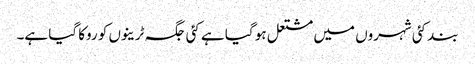
بند کئی شہروں میں مشتعل ہو گیا ہے کئی جگہ ٹرینوں کو روکا گیا ہے۔